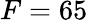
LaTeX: F=65